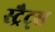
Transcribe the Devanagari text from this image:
स्ट्रैट्‍स